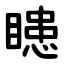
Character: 瞣